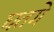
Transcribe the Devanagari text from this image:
घतगे